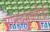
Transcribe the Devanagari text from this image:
मानवमुक्तीची